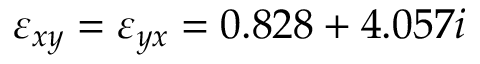
\varepsilon _ { x y } = \varepsilon _ { y x } = 0 . 8 2 8 + 4 . 0 5 7 i